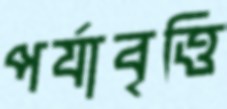
পর্যাবৃত্তি